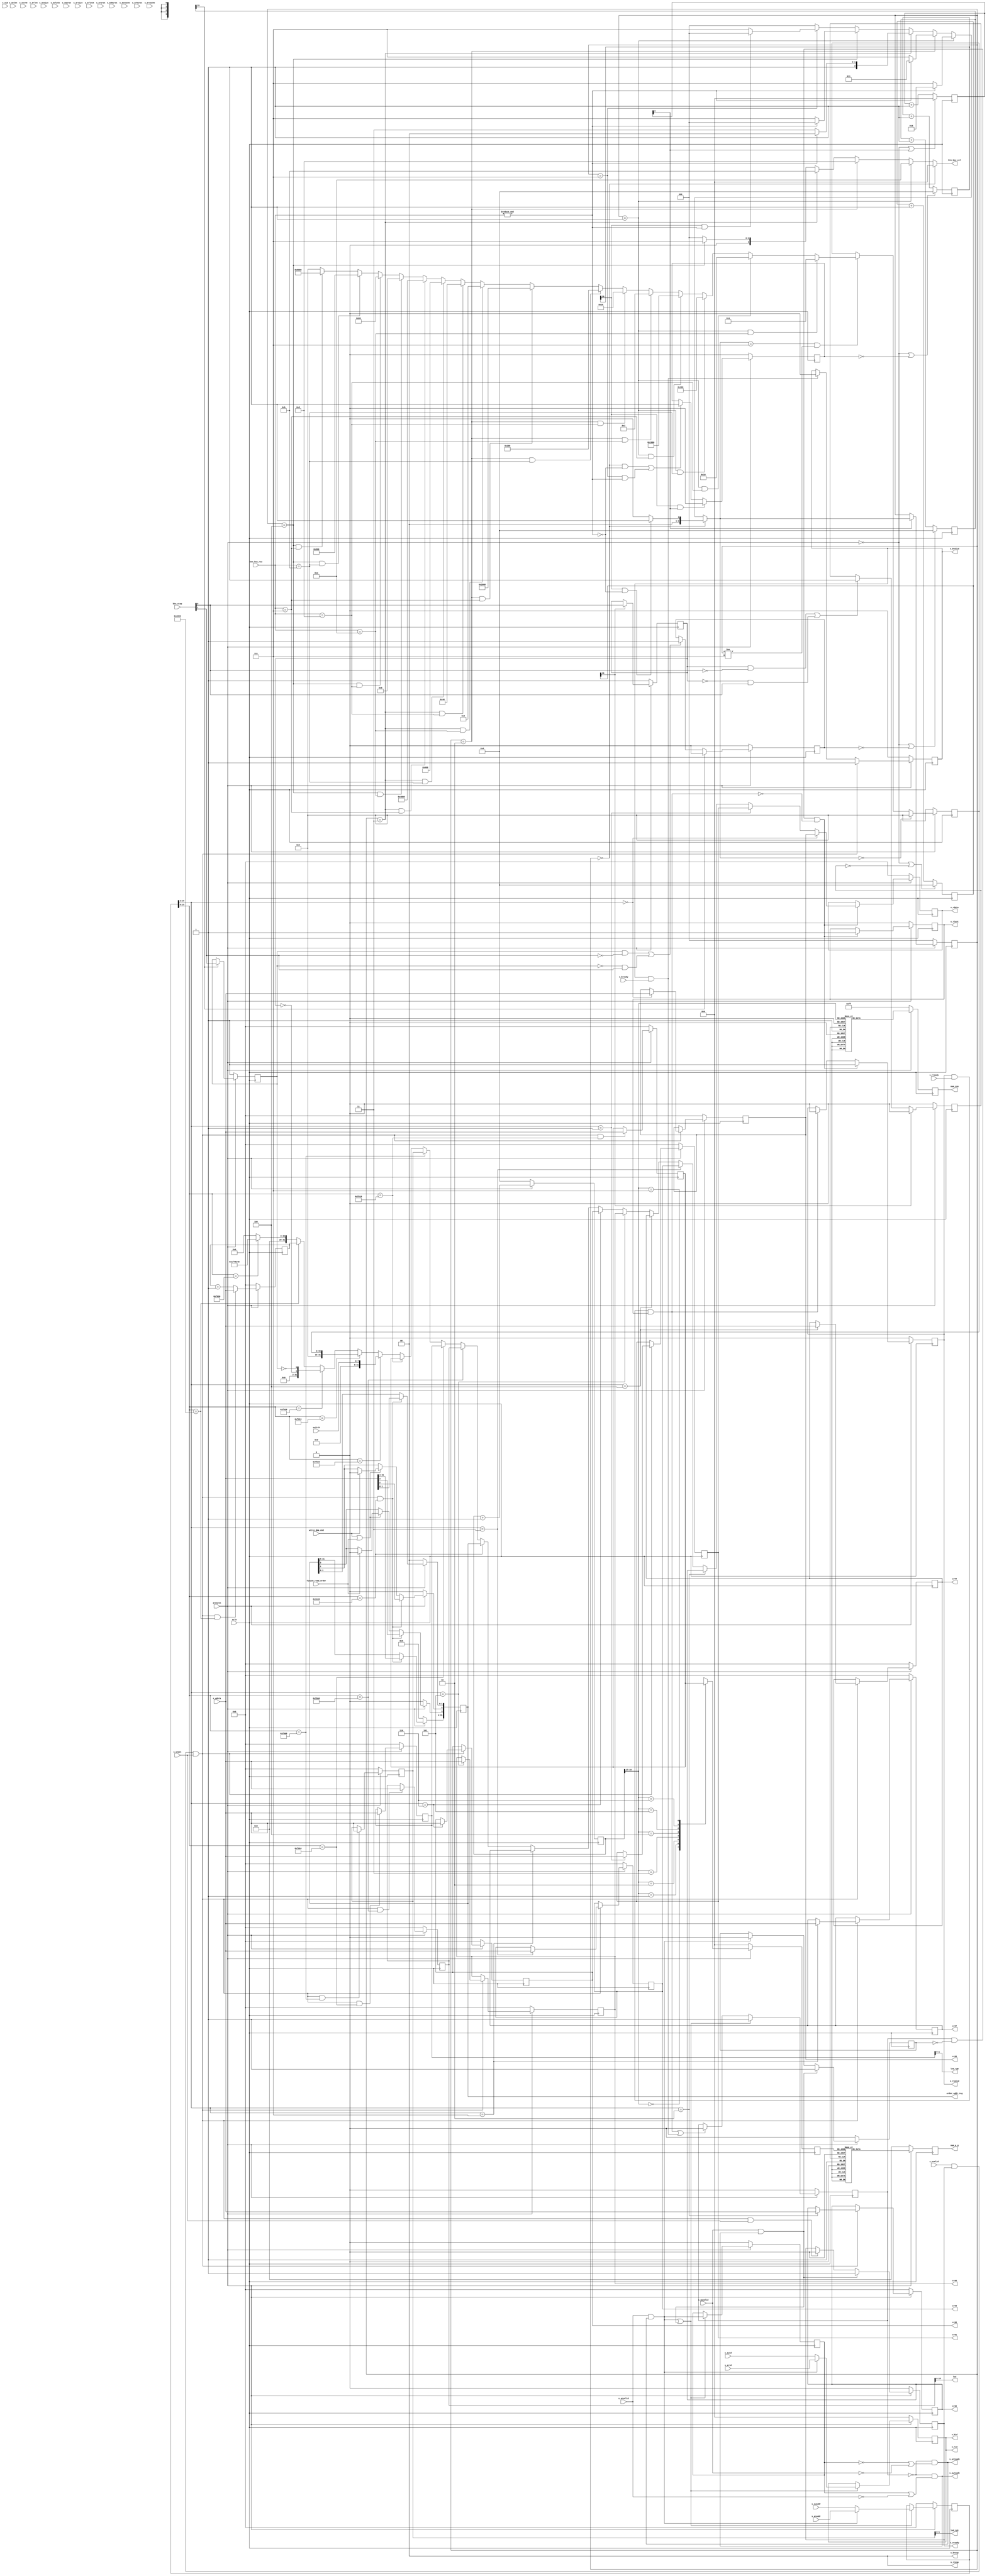
/*------------------------------------------------------------------------------
--------------------------------------------------------------------------------
Copyright (c) 2016, Loongson Technology Corporation Limited.

All rights reserved.

Redistribution and use in source and binary forms, with or without modification,
are permitted provided that the following conditions are met:

1. Redistributions of source code must retain the above copyright notice, this 
list of conditions and the following disclaimer.

2. Redistributions in binary form must reproduce the above copyright notice, 
this list of conditions and the following disclaimer in the documentation and/or
other materials provided with the distribution.

3. Neither the name of Loongson Technology Corporation Limited nor the names of 
its contributors may be used to endorse or promote products derived from this 
software without specific prior written permission.

THIS SOFTWARE IS PROVIDED BY THE COPYRIGHT HOLDERS AND CONTRIBUTORS "AS IS" AND 
ANY EXPRESS OR IMPLIED WARRANTIES, INCLUDING, BUT NOT LIMITED TO, THE IMPLIED 
WARRANTIES OF MERCHANTABILITY AND FITNESS FOR A PARTICULAR PURPOSE ARE 
DISCLAIMED. IN NO EVENT SHALL LOONGSON TECHNOLOGY CORPORATION LIMITED BE LIABLE
TO ANY PARTY FOR DIRECT, INDIRECT, INCIDENTAL, SPECIAL, EXEMPLARY, OR 
CONSEQUENTIAL DAMAGES (INCLUDING, BUT NOT LIMITED TO, PROCUREMENT OF SUBSTITUTE 
GOODS OR SERVICES; LOSS OF USE, DATA, OR PROFITS; OR BUSINESS INTERRUPTION) 
HOWEVER CAUSED AND ON ANY THEORY OF LIABILITY, WHETHER IN CONTRACT, STRICT 
LIABILITY, OR TORT (INCLUDING NEGLIGENCE OR OTHERWISE) ARISING IN ANY WAY OUT OF
THE USE OF THIS SOFTWARE, EVEN IF ADVISED OF THE POSSIBILITY OF SUCH DAMAGE.
--------------------------------------------------------------------------------
------------------------------------------------------------------------------*/

// from config.h
`define FREQ 32'd3300_0000

`define ORDER_REG_ADDR 16'h1160   //32'h1fd0_1160
`define LED_ADDR       16'hf000   //32'h1fd0_f000 
`define LED_RG0_ADDR   16'hf004   //32'h1fd0_f004 
`define LED_RG1_ADDR   16'hf008   //32'h1fd0_f008 
`define NUM_ADDR       16'hf010   //32'h1fd0_f010 
`define SWITCH_ADDR    16'hf020   //32'h1fd0_f020 
`define BTN_KEY_ADDR   16'hf024   //32'h1fd0_f024
`define BTN_STEP_ADDR  16'hf028   //32'h1fd0_f028
`define FREQ_ADDR      16'hf030   //32'h1fd0_f030
`define TIMER_ADDR     16'he000   //32'h1fd0_e000 

module la_confreg_syn(
    aclk,
    aresetn,

    s_awid,
    s_awaddr,
    s_awlen,
    s_awsize,
    s_awburst,
    s_awlock,
    s_awcache,
    s_awprot,
    s_awvalid,
    s_awready,
    s_wid,
    s_wdata,
    s_wstrb,
    s_wlast,
    s_wvalid,
    s_wready,
    s_bid,
    s_bresp,
    s_bvalid,
    s_bready,
    s_arid,
    s_araddr,
    s_arlen,
    s_arsize,
    s_arburst,
    s_arlock,
    s_arcache,
    s_arprot,
    s_arvalid,
    s_arready,
    s_rid,
    s_rdata,
    s_rresp,
    s_rlast,
    s_rvalid,
    s_rready,
    
    order_addr_reg,
    finish_read_order,
    write_dma_end, 

    cr00,
    cr01,
    cr02,
    cr03,
    cr04,
    cr05,
    cr06,
    cr07,

    led,
    led_rg0,
    led_rg1,
    num_csn,
    num_a_g,
    switch,
    btn_key_col,
    btn_key_row,
    btn_step
);
    input           aclk;
    input           aresetn;

    input  [3 :0] s_awid;
    input  [31:0] s_awaddr;
    input  [7 :0] s_awlen;
    input  [2 :0] s_awsize;
    input  [1 :0] s_awburst;
    input         s_awlock;
    input  [3 :0] s_awcache;
    input  [2 :0] s_awprot;
    input         s_awvalid;
    output        s_awready;
    input  [3 :0] s_wid;
    input  [31:0] s_wdata;
    input  [3 :0] s_wstrb;
    input         s_wlast;
    input         s_wvalid;
    output        s_wready;
    output [3 :0] s_bid;
    output [1 :0] s_bresp;
    output        s_bvalid;
    input         s_bready;
    input  [3 :0] s_arid;
    input  [31:0] s_araddr;
    input  [7 :0] s_arlen;
    input  [2 :0] s_arsize;
    input  [1 :0] s_arburst;
    input         s_arlock;
    input  [3 :0] s_arcache;
    input  [2 :0] s_arprot;
    input         s_arvalid;
    output        s_arready;
    output [3 :0] s_rid;
    output [31:0] s_rdata;
    output [1 :0] s_rresp;
    output        s_rlast;
    output        s_rvalid;
    input         s_rready;
    
    output reg [31:0] order_addr_reg;
    input         finish_read_order;
    input         write_dma_end;

    output [31:0]    cr00;
    output [31:0]    cr01;
    output [31:0]    cr02;
    output [31:0]    cr03;
    output [31:0]    cr04;
    output [31:0]    cr05;
    output [31:0]    cr06;
    output [31:0]    cr07;

    output     [15:0] led;
    output     [1 :0] led_rg0;
    output     [1 :0] led_rg1;
    output reg [7 :0] num_csn;
    output reg [6 :0] num_a_g;
    input      [7 :0] switch;
    output     [3 :0] btn_key_col;
    input      [3 :0] btn_key_row;
    input      [1 :0] btn_step;

//
reg  [31:0] led_data;
reg  [31:0] led_rg0_data;
reg  [31:0] led_rg1_data;
reg  [31:0] num_data;
wire [31:0] switch_data;
wire [31:0] btn_key_data;
wire [31:0] btn_step_data;
reg  [31:0] timer;

reg [31:0] cr00,cr01,cr02,cr03,cr04,cr05,cr06,cr07;
reg busy,write,R_or_W;
reg s_wready;

wire ar_enter = s_arvalid & s_arready;
wire r_retire = s_rvalid & s_rready & s_rlast;
wire aw_enter = s_awvalid & s_awready;
wire w_enter  = s_wvalid & s_wready & s_wlast;
wire b_retire = s_bvalid & s_bready;

wire s_arready = ~busy & (!R_or_W| !s_awvalid);
wire s_awready = ~busy & ( R_or_W| !s_arvalid);

always@(posedge aclk)
    if(~aresetn) busy <= 1'b0;
    else if(ar_enter|aw_enter) busy <= 1'b1;
    else if(r_retire|b_retire) busy <= 1'b0;

reg [3 :0] buf_id;
reg [31:0] buf_addr;
reg [7 :0] buf_len;
reg [2 :0] buf_size;
reg [1 :0] buf_burst;
reg        buf_lock;
reg [3 :0] buf_cache;
reg [2 :0] buf_prot;

always@(posedge aclk)
    if(~aresetn) begin
        R_or_W      <= 1'b0;
        buf_id      <= 'b0;
        buf_addr    <= 'b0;
        buf_len     <= 'b0;
        buf_size    <= 'b0;
        buf_burst   <= 'b0;
        buf_lock    <= 'b0;
        buf_cache   <= 'b0;
        buf_prot    <= 'b0;
    end
    else
    if(ar_enter | aw_enter) begin
        R_or_W      <= ar_enter;
        buf_id      <= ar_enter ? s_arid   : s_awid   ;
        buf_addr    <= ar_enter ? s_araddr : s_awaddr ;
        buf_len     <= ar_enter ? s_arlen  : s_awlen  ;
        buf_size    <= ar_enter ? s_arsize : s_awsize ;
        buf_burst   <= ar_enter ? s_arburst: s_awburst;
        buf_lock    <= ar_enter ? s_arlock : s_awlock ;
        buf_cache   <= ar_enter ? s_arcache: s_awcache;
        buf_prot    <= ar_enter ? s_arprot : s_awprot ;
    end

always@(posedge aclk)
    if(~aresetn) write <= 1'b0;
    else if(aw_enter) write <= 1'b1;
    else if(ar_enter)  write <= 1'b0;

always@(posedge aclk)
    if(~aresetn) s_wready <= 1'b0;
    else if(aw_enter) s_wready <= 1'b1;
    else if(w_enter & s_wlast) s_wready <= 1'b0;

always@(posedge aclk)
    if(~aresetn) begin
        cr00 <= 32'd0;  
        cr01 <= 32'd0;  
        cr02 <= 32'd0;  
        cr03 <= 32'd0;
        cr04 <= 32'd0;
        cr05 <= 32'd0;
        cr06 <= 32'd0;
        cr07 <= 32'd0;
    end
    else if(w_enter) begin
        case (buf_addr[15:2])
            14'd0: cr00 <= s_wdata;
            14'd1: cr01 <= s_wdata;
            14'd2: cr02 <= s_wdata;
            14'd3: cr03 <= s_wdata;
            14'd4: cr04 <= s_wdata;
            14'd5: cr05 <= s_wdata;
            14'd6: cr06 <= s_wdata;
            14'd7: cr07 <= s_wdata;
        endcase
    end

reg [31:0] s_rdata;
reg s_rvalid,s_rlast;
wire [31:0] rdata_d = buf_addr[15:2] == 14'd0 ? cr00 :
                      buf_addr[15:2] == 14'd1 ? cr01 :
                      buf_addr[15:2] == 14'd2 ? cr02 :
                      buf_addr[15:2] == 14'd3 ? cr03 :
                      buf_addr[15:2] == 14'd4 ? cr04 :
                      buf_addr[15:2] == 14'd5 ? cr05 :
                      buf_addr[15:2] == 14'd6 ? cr06 :
                      buf_addr[15:2] == 14'd7 ? cr07 :
                      buf_addr[15:0] == `ORDER_REG_ADDR ? order_addr_reg : 
                      buf_addr[15:0] == `LED_ADDR       ? led_data       :
                      buf_addr[15:0] == `LED_RG0_ADDR   ? led_rg0_data   :
                      buf_addr[15:0] == `LED_RG1_ADDR   ? led_rg1_data   :
                      buf_addr[15:0] == `NUM_ADDR       ? num_data       :
                      buf_addr[15:0] == `SWITCH_ADDR    ? switch_data    :
                      buf_addr[15:0] == `BTN_KEY_ADDR   ? btn_key_data   :
                      buf_addr[15:0] == `BTN_STEP_ADDR  ? btn_step_data  :
                      buf_addr[15:0] == `TIMER_ADDR     ? timer          : 
                      buf_addr[15:0] == `FREQ_ADDR      ? `FREQ          : 32'd0;

always@(posedge aclk)
    if(~aresetn) begin
        s_rdata  <= 'b0;
        s_rvalid <= 1'b0;
        s_rlast  <= 1'b0;
    end
    else if(busy & !write & !r_retire)
    begin
        s_rdata <= rdata_d;
        s_rvalid <= 1'b1;
        s_rlast <= 1'b1; 
    end
    else if(r_retire)
    begin
        s_rvalid <= 1'b0;
    end

reg s_bvalid;
always@(posedge aclk)   
    if(~aresetn) s_bvalid <= 1'b0;
    else if(w_enter) s_bvalid <= 1'b1;
    else if(b_retire) s_bvalid <= 1'b0;

assign s_rid   = buf_id;
assign s_bid   = buf_id;
assign s_bresp = 2'b0;
assign s_rresp = 2'b0;

wire write_order_reg = w_enter & (buf_addr[15:0]==`ORDER_REG_ADDR);
always @(posedge aclk)
begin
    if(!aresetn)
    begin
        order_addr_reg <= 32'h0;
    end
    else if(write_order_reg)
    begin
        order_addr_reg <= s_wdata[31:0];
    end
    else if(write_dma_end | finish_read_order)
    begin
        order_addr_reg[2] <= write_dma_end ? 1'b0 : order_addr_reg[2];
        order_addr_reg[3] <= finish_read_order ? 1'b0 : order_addr_reg[3];
    end
end     
//-------------------------------{timer}begin----------------------------//
wire write_timer = w_enter & (buf_addr[15:0]==`TIMER_ADDR);
always @(posedge aclk)
begin
    if(!aresetn)
    begin
        timer <= 32'd0;
    end
    else if (write_timer)
    begin
        timer <= s_wdata[31:0];
    end
    else
    begin
        timer <= timer + 1'b1;
    end
end
//--------------------------------{timer}end-----------------------------//

//--------------------------------{led}begin-----------------------------//
//led display
//led_data[31:0]
wire write_led = w_enter & (buf_addr[15:0]==`LED_ADDR);
assign led = led_data[15:0];
always @(posedge aclk)
begin
    if(!aresetn)
    begin
        led_data <= 32'h0;
    end
    else if(write_led)
    begin
        led_data <= s_wdata[31:0];
    end
end
//---------------------------------{led}end------------------------------//

//-------------------------------{switch}begin---------------------------//
//switch data
//switch_data[7:0]
assign switch_data = {24'd0,switch};
//--------------------------------{switch}end----------------------------//

//------------------------------{btn key}begin---------------------------//
//btn key data
reg [15:0] btn_key_r;
assign btn_key_data = {16'd0,btn_key_r};

//state machine
reg  [2:0] state;
wire [2:0] next_state;

//eliminate jitter
reg        key_flag;
reg [19:0] key_count;
reg [3:0] state_count;
wire key_start = (state==3'b000) && !(&btn_key_row);
wire key_end   = (state==3'b111) &&  (&btn_key_row);
wire key_sample= key_count[19];
always @(posedge aclk)
begin
    if(!aresetn)
    begin
        key_flag <= 1'd0;
    end
    else if (key_sample && state_count[3]) 
    begin
        key_flag <= 1'b0;
    end
    else if( key_start || key_end )
    begin
        key_flag <= 1'b1;
    end

    if(!aresetn || !key_flag)
    begin
        key_count <= 20'd0;
    end
    else
    begin
        key_count <= key_count + 1'b1;
    end
end

always @(posedge aclk)
begin
    if(!aresetn || state_count[3])
    begin
        state_count <= 4'd0;
    end
    else
    begin
        state_count <= state_count + 1'b1;
    end
end

always @(posedge aclk)
begin
    if(!aresetn)
    begin
        state <= 3'b000;
    end
    else if (state_count[3])
    begin
        state <= next_state;
    end
end

assign next_state = (state == 3'b000) ? ( (key_sample && !(&btn_key_row)) ? 3'b001 : 3'b000 ) :
                    (state == 3'b001) ? (                !(&btn_key_row)  ? 3'b111 : 3'b010 ) :
                    (state == 3'b010) ? (                !(&btn_key_row)  ? 3'b111 : 3'b011 ) :
                    (state == 3'b011) ? (                !(&btn_key_row)  ? 3'b111 : 3'b100 ) :
                    (state == 3'b100) ? (                !(&btn_key_row)  ? 3'b111 : 3'b000 ) :
                    (state == 3'b111) ? ( (key_sample &&  (&btn_key_row)) ? 3'b000 : 3'b111 ) :
                                                                                        3'b000;
assign btn_key_col = (state == 3'b000) ? 4'b0000:
                     (state == 3'b001) ? 4'b1110:
                     (state == 3'b010) ? 4'b1101:
                     (state == 3'b011) ? 4'b1011:
                     (state == 3'b100) ? 4'b0111:
                                         4'b0000;
wire [15:0] btn_key_tmp;
always @(posedge aclk) begin
    if(!aresetn) begin
        btn_key_r   <= 16'd0;
    end
    else if(next_state==3'b000)
    begin
        btn_key_r   <=16'd0;
    end
    else if(next_state == 3'b111 && state != 3'b111) begin
        btn_key_r   <= btn_key_tmp;
    end
end

assign btn_key_tmp = (state == 3'b001)&(btn_key_row == 4'b1110) ? 16'h0001:
                     (state == 3'b001)&(btn_key_row == 4'b1101) ? 16'h0010:
                     (state == 3'b001)&(btn_key_row == 4'b1011) ? 16'h0100:
                     (state == 3'b001)&(btn_key_row == 4'b0111) ? 16'h1000:
                     (state == 3'b010)&(btn_key_row == 4'b1110) ? 16'h0002:
                     (state == 3'b010)&(btn_key_row == 4'b1101) ? 16'h0020:
                     (state == 3'b010)&(btn_key_row == 4'b1011) ? 16'h0200:
                     (state == 3'b010)&(btn_key_row == 4'b0111) ? 16'h2000:
                     (state == 3'b011)&(btn_key_row == 4'b1110) ? 16'h0004:
                     (state == 3'b011)&(btn_key_row == 4'b1101) ? 16'h0040:
                     (state == 3'b011)&(btn_key_row == 4'b1011) ? 16'h0400:
                     (state == 3'b011)&(btn_key_row == 4'b0111) ? 16'h4000:
                     (state == 3'b100)&(btn_key_row == 4'b1110) ? 16'h0008:
                     (state == 3'b100)&(btn_key_row == 4'b1101) ? 16'h0080:
                     (state == 3'b100)&(btn_key_row == 4'b1011) ? 16'h0800:
                     (state == 3'b100)&(btn_key_row == 4'b0111) ? 16'h8000:16'h0000;
//-------------------------------{btn key}end----------------------------//

//-----------------------------{btn step}begin---------------------------//
//btn step data
reg btn_step0_r; //0:press
reg btn_step1_r; //0:press
assign btn_step_data = {30'd0,~btn_step0_r,~btn_step1_r}; //1:press

//-----step0
//eliminate jitter
reg        step0_flag;
reg [19:0] step0_count;
wire step0_start = btn_step0_r && !btn_step[0];
wire step0_end   = !btn_step0_r && btn_step[0];
wire step0_sample= step0_count[19];
always @(posedge aclk)
begin
    if(!aresetn)
    begin
        step0_flag <= 1'd0;
    end
    else if (step0_sample) 
    begin
        step0_flag <= 1'b0;
    end
    else if( step0_start || step0_end )
    begin
        step0_flag <= 1'b1;
    end

    if(!aresetn || !step0_flag)
    begin
        step0_count <= 20'd0;
    end
    else
    begin
        step0_count <= step0_count + 1'b1;
    end

    if(!aresetn)
    begin
        btn_step0_r <= 1'b1;
    end
    else if(step0_sample)
    begin
        btn_step0_r <= btn_step[0];
    end
end

//-----step1
//eliminate jitter
reg        step1_flag;
reg [19:0] step1_count;
wire step1_start = btn_step1_r && !btn_step[1];
wire step1_end   = !btn_step1_r && btn_step[1];
wire step1_sample= step1_count[19];
always @(posedge aclk)
begin
    if(!aresetn)
    begin
        step1_flag <= 1'd0;
    end
    else if (step1_sample) 
    begin
        step1_flag <= 1'b0;
    end
    else if( step1_start || step1_end )
    begin
        step1_flag <= 1'b1;
    end

    if(!aresetn || !step1_flag)
    begin
        step1_count <= 20'd0;
    end
    else
    begin
        step1_count <= step1_count + 1'b1;
    end

    if(!aresetn)
    begin
        btn_step1_r <= 1'b1;
    end
    else if(step1_sample)
    begin
        btn_step1_r <= btn_step[1];
    end
end
//------------------------------{btn step}end----------------------------//

//-------------------------------{led rg}begin---------------------------//
//led_rg0_data[31:0]  led_rg0_data[31:0]
//bfd0_f010           bfd0_f014
wire write_led_rg0 = w_enter & (buf_addr[15:0]==`LED_RG0_ADDR);
wire write_led_rg1 = w_enter & (buf_addr[15:0]==`LED_RG1_ADDR);
assign led_rg0 = led_rg0_data[1:0];
assign led_rg1 = led_rg1_data[1:0];
always @(posedge aclk)
begin
    if(!aresetn)
    begin
        led_rg0_data <= 32'h0;
    end
    else if(write_led_rg0)
    begin
        led_rg0_data <= s_wdata[31:0];
    end

    if(!aresetn)
    begin
        led_rg1_data <= 32'h0;
    end
    else if(write_led_rg1)
    begin
        led_rg1_data <= s_wdata[31:0];
    end
end
//--------------------------------{led rg}end----------------------------//

//---------------------------{digital number}begin-----------------------//
//digital number display
//num_data[31:0]
wire write_num = w_enter & (buf_addr[15:0]==`NUM_ADDR);
always @(posedge aclk)
begin
    if(!aresetn)
    begin
        num_data <= 32'h0;
    end
    else if(write_num)
    begin
        num_data <= s_wdata[31:0];
    end
end


reg [19:0] count;
always @(posedge aclk)
begin
    if(!aresetn)
    begin
        count <= 20'd0;
    end
    else
    begin
        count <= count + 1'b1;
    end
end
//scan data
reg [3:0] scan_data;
always @ ( posedge aclk )  
begin
    if ( !aresetn )
    begin
        scan_data <= 32'd0;  
        num_csn   <= 8'b1111_1111;
    end
    else
    begin
        case(count[19:17])
            3'b000 : scan_data <= num_data[31:28];
            3'b001 : scan_data <= num_data[27:24];
            3'b010 : scan_data <= num_data[23:20];
            3'b011 : scan_data <= num_data[19:16];
            3'b100 : scan_data <= num_data[15:12];
            3'b101 : scan_data <= num_data[11: 8];
            3'b110 : scan_data <= num_data[7 : 4];
            3'b111 : scan_data <= num_data[3 : 0];
        endcase

        case(count[19:17])
            3'b000 : num_csn <= 8'b0111_1111;
            3'b001 : num_csn <= 8'b1011_1111;
            3'b010 : num_csn <= 8'b1101_1111;
            3'b011 : num_csn <= 8'b1110_1111;
            3'b100 : num_csn <= 8'b1111_0111;
            3'b101 : num_csn <= 8'b1111_1011;
            3'b110 : num_csn <= 8'b1111_1101;
            3'b111 : num_csn <= 8'b1111_1110;
        endcase
    end
end

always @(posedge aclk)
begin
    if ( !aresetn )
    begin
        num_a_g <= 7'b0000000;
    end
    else
    begin
        case ( scan_data )
            4'd0 : num_a_g <= 7'b1111110;   //0
            4'd1 : num_a_g <= 7'b0110000;   //1
            4'd2 : num_a_g <= 7'b1101101;   //2
            4'd3 : num_a_g <= 7'b1111001;   //3
            4'd4 : num_a_g <= 7'b0110011;   //4
            4'd5 : num_a_g <= 7'b1011011;   //5
            4'd6 : num_a_g <= 7'b1011111;   //6
            4'd7 : num_a_g <= 7'b1110000;   //7
            4'd8 : num_a_g <= 7'b1111111;   //8
            4'd9 : num_a_g <= 7'b1111011;   //9
            4'd10: num_a_g <= 7'b1110111;   //a
            4'd11: num_a_g <= 7'b0011111;   //b
            4'd12: num_a_g <= 7'b1001110;   //c
            4'd13: num_a_g <= 7'b0111101;   //d
            4'd14: num_a_g <= 7'b1001111;   //e
            4'd15: num_a_g <= 7'b1000111;   //f
        endcase
    end
end
//----------------------------{digital number}end------------------------//
endmodule